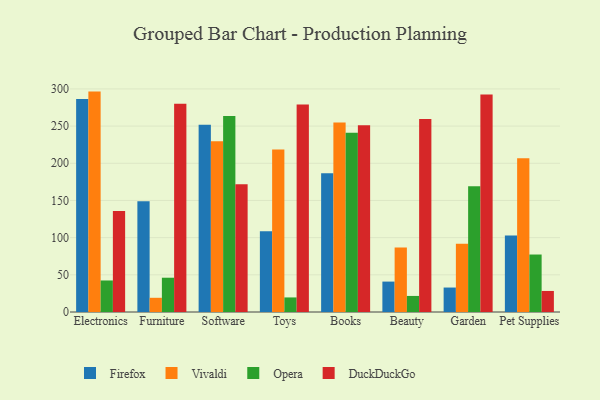
{"axis": {"x": "Category", "y": "Energy Usage (MWh)"}, "legend": ["DuckDuckGo", "Firefox", "Opera", "Vivaldi"], "data": [{"x": "Electronics", "y": 286.4, "type": "Firefox"}, {"x": "Electronics", "y": 296.4, "type": "Vivaldi"}, {"x": "Electronics", "y": 42.4, "type": "Opera"}, {"x": "Electronics", "y": 135.8, "type": "DuckDuckGo"}, {"x": "Furniture", "y": 148.8, "type": "Firefox"}, {"x": "Furniture", "y": 19.1, "type": "Vivaldi"}, {"x": "Furniture", "y": 46.1, "type": "Opera"}, {"x": "Furniture", "y": 279.9, "type": "DuckDuckGo"}, {"x": "Software", "y": 251.8, "type": "Firefox"}, {"x": "Software", "y": 229.7, "type": "Vivaldi"}, {"x": "Software", "y": 263.6, "type": "Opera"}, {"x": "Software", "y": 171.9, "type": "DuckDuckGo"}, {"x": "Toys", "y": 108.7, "type": "Firefox"}, {"x": "Toys", "y": 218.5, "type": "Vivaldi"}, {"x": "Toys", "y": 19.6, "type": "Opera"}, {"x": "Toys", "y": 278.9, "type": "DuckDuckGo"}, {"x": "Books", "y": 186.5, "type": "Firefox"}, {"x": "Books", "y": 254.8, "type": "Vivaldi"}, {"x": "Books", "y": 240.9, "type": "Opera"}, {"x": "Books", "y": 251.3, "type": "DuckDuckGo"}, {"x": "Beauty", "y": 40.9, "type": "Firefox"}, {"x": "Beauty", "y": 86.7, "type": "Vivaldi"}, {"x": "Beauty", "y": 21.6, "type": "Opera"}, {"x": "Beauty", "y": 259.4, "type": "DuckDuckGo"}, {"x": "Garden", "y": 32.9, "type": "Firefox"}, {"x": "Garden", "y": 91.8, "type": "Vivaldi"}, {"x": "Garden", "y": 169.2, "type": "Opera"}, {"x": "Garden", "y": 292.4, "type": "DuckDuckGo"}, {"x": "Pet Supplies", "y": 102.9, "type": "Firefox"}, {"x": "Pet Supplies", "y": 206.8, "type": "Vivaldi"}, {"x": "Pet Supplies", "y": 77.3, "type": "Opera"}, {"x": "Pet Supplies", "y": 28.3, "type": "DuckDuckGo"}]}